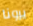
يرونا